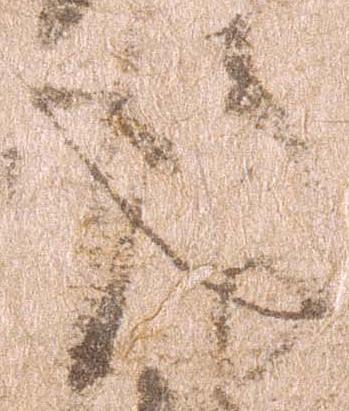
後